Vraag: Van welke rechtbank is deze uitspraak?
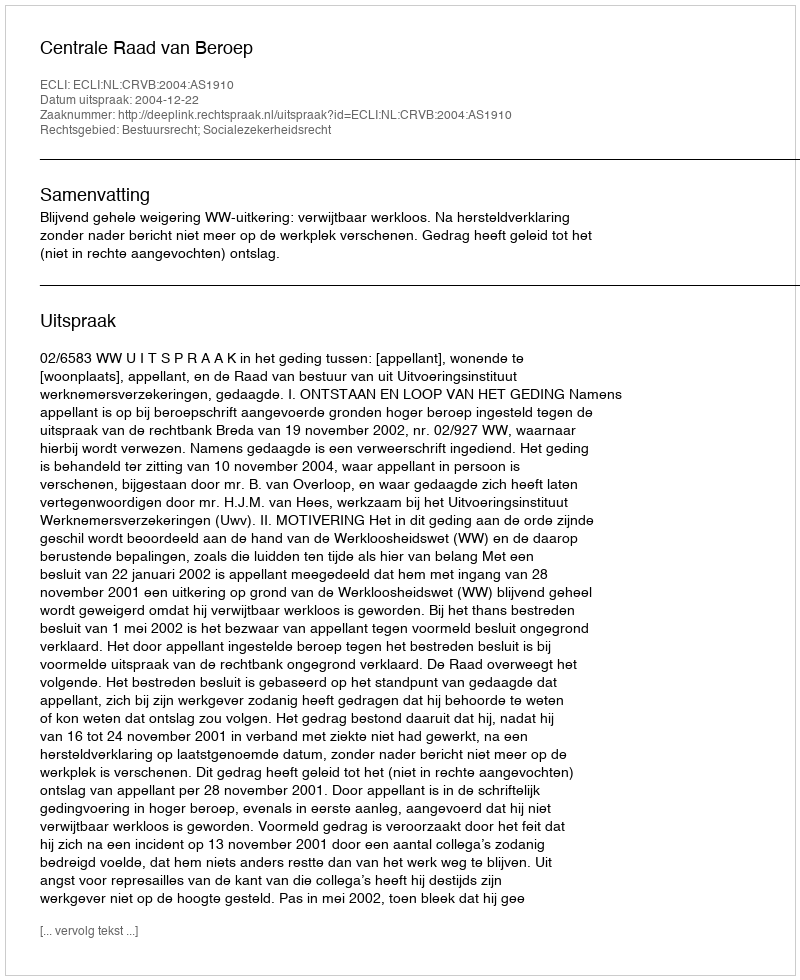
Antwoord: Centrale Raad van Beroep